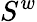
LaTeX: S^{w}